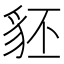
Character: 豾